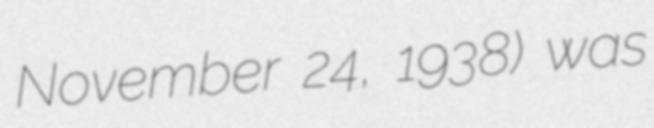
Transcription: November 24, 1938) was